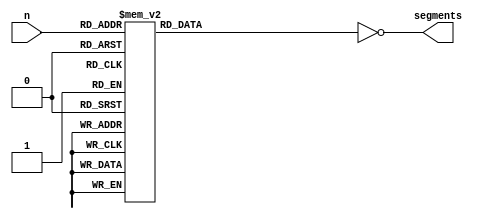
module seven_display # (
    parameter INVERT = 1
) (
    input  [3:0] n,
    output [6:0] segments
);
    reg [6:0] bits;
    assign segments = (INVERT ? ~bits : bits);

    always @(n)
    case (n)
        4'h0: bits = 7'b0111111; // 0
        4'h1: bits = 7'b0000110; // 1
        4'h2: bits = 7'b1011011; // 2
        4'h3: bits = 7'b1001111; // 3
        4'h4: bits = 7'b1100110; // 4
        4'h5: bits = 7'b1101101; // 5
        4'h6: bits = 7'b1111101; // 6
        4'h7: bits = 7'b0000111; // 7
        4'h8: bits = 7'b1111111; // 8
        4'h9: bits = 7'b1100111; // 9
        4'hA: bits = 7'b1110111; // A
        4'hB: bits = 7'b1111100; // B
        4'hC: bits = 7'b0111001; // C
        4'hD: bits = 7'b1011110; // D
        4'hE: bits = 7'b1111001; // E
        4'hF: bits = 7'b1110001; // F
    endcase
endmodule
module top_ms # (
    parameter GPIO_PINS = 8
) (
    input           CLK50,
    input  [3:0]    SW,
    // UART
    input           RXD,
    output          TXD,
    // Peripherals
    output [7:0]    LEDS,

    // 3v3 input from the s6 on the de1soc
    input           S6_3v3,
    
    // SSDs
    output [6:0] ssd0,
    output [6:0] ssd1,
    output [6:0] ssd2,
    output [6:0] ssd3,
    output [6:0] ssd4,
    output [6:0] ssd5
);
    //wire [15:0]         M_PADDR;
    //wire                M_PWRITE;
    //wire [5-1:0]        M_PSELx;  // not shared
    //wire                M_PENABLE;
    //wire [15:0]         M_PWDATA; 
    //wire [15:0]         M_PRDATA; // input to intercon
    //wire                M_PREADY; // input to intercon

    wire [7:0]  gpio0;
    wire [15:0] gpio1;
    wire [7:0]  gpio2;
    
    vmicro16_soc soc (
        .clk     (CLK50),
        .reset   (~SW[0]),

        //.M_PADDR    (M_PADDR),
        //.M_PWRITE   (M_PWRITE),
        //.M_PSELx    (M_PSELx),
        //.M_PENABLE  (M_PENABLE),
        //.M_PWDATA   (M_PWDATA),
        //.M_PRDATA   (M_PRDATA),
        //.M_PREADY   (M_PREADY),
        
        // UART
        .uart_tx (TXD),
        .uart_rx (RXD),

        // GPIO
        .gpio0   (LEDS[3:0]),
        .gpio1   (gpio1),
        .gpio2   (gpio2),

        // DBUG
        .dbug0   (LEDS[4])
        //.dbug1   (LEDS[7:4])
    );

    assign LEDS[7:5] = {TXD, RXD, S6_3v3};

    // SSD displays (split across 2 gpio ports 1 and 2)
    wire [3:0] ssd_chars [0:5];
    assign ssd_chars[0] = gpio1[3:0];
    assign ssd_chars[1] = gpio1[7:4];
    assign ssd_chars[2] = gpio1[11:8];
    assign ssd_chars[3] = gpio1[15:12];
    assign ssd_chars[4] = gpio2[3:0];
    assign ssd_chars[5] = gpio2[7:4];
    seven_display ssd_0 (.n(ssd_chars[0]), .segments (ssd0));
    seven_display ssd_1 (.n(ssd_chars[1]), .segments (ssd1));
    seven_display ssd_2 (.n(ssd_chars[2]), .segments (ssd2));
    seven_display ssd_3 (.n(ssd_chars[3]), .segments (ssd3));
    seven_display ssd_4 (.n(ssd_chars[4]), .segments (ssd4));
    seven_display ssd_5 (.n(ssd_chars[5]), .segments (ssd5));

endmodule